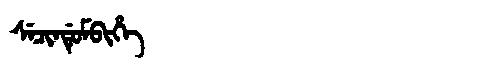
Manchu: ᠰᡝᠴᡳᠨᡩᡠᠮᠪᡳᡥᡝ
Romanization: SECINDUMBIHE